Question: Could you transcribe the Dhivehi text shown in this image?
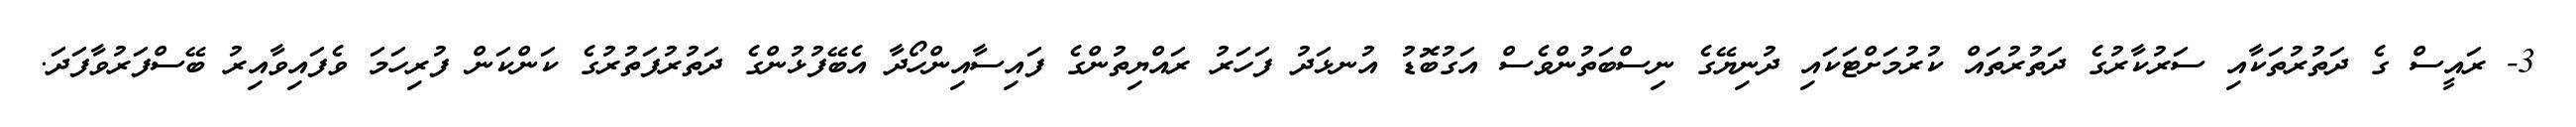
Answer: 3- ރައީސް ގެ ދަތުރުތަކާއި ސަރުކާރުގެ ދަތުރުތައް ކުރުމަށްޓަކައި ދުނިޔޭގެ ނިސްބަތުންވެސް އަގުބޮޑު އުނޅަދު ފަހަރު ރައްޔިތުންގެ ފައިސާއިންހޯދާ އެބޭފުޅުންގެ ދަތުރުފަތުރުގެ ކަންކަން ފުރިހަމަ ވެފައިވާއިރު ބޭސްފަރުވާފަދަ.